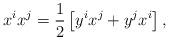
LaTeX: \begin{align*} x^i x^j = \frac 12\left[y^i x^j+y^jx^i\right],\end{align*}